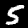
Digit: 5